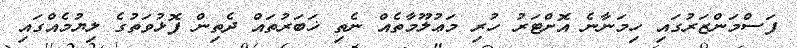
ފަސްމަންޒަރުގައި ހިމަނާނެ އޮށްޓަރު ހުރި މަޢުލޫމާތެއް ނެތި ޚަބަރުތައް ދެތިން ފޮޅުވަތުގެ ލިޔުމެއްގައި